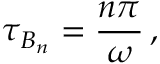
\tau _ { B _ { n } } = \frac { n \pi } { \omega } \, ,